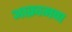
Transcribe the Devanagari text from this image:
आक्रामण